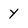
Character: y